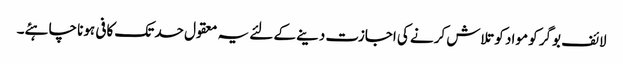
لائف بوگر کو مواد کو تلاش کرنے کی اجازت دینے کے لئے یہ معقول حد تک کافی ہونا چاہئے۔